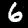
Digit: 6